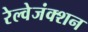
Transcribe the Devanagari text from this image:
रेल्वेजंक्शन